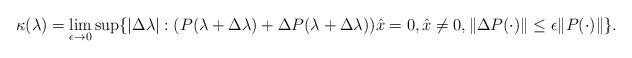
LaTeX: \begin{align*} \kappa(\lambda) = \lim_{\epsilon \rightarrow 0} \sup \{|\Delta \lambda| : \left( P(\lambda + \Delta \lambda) + \Delta P (\lambda + \Delta \lambda) \right) \!\hat x = 0, \hat x \neq 0, \| \Delta P(\cdot) \| \leq \epsilon \| P(\cdot)\| \}.\end{align*}